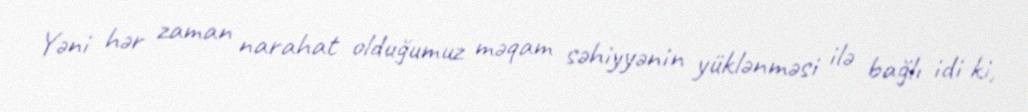
Yəni hər zaman narahat olduğumuz məqam səhiyyənin yüklənməsi ilə bağlı idi ki,